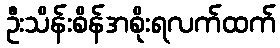
ဦးသိန်းစိန်အစိုးရလက်ထက်